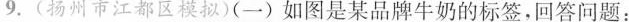
9.(扬州市江都区模拟)(一)如图是某品牌牛奶的标签，回答问题：